system: You are a helpful assistant.
user:
Analyze the provided spectrum to determine if it is a **M-type Giant (gM)**.

A M-type Giant spectrum is defined by its **strong molecular absorption** features, particularly from **Titanium Oxide (TiO)**. You must check for one of the following mutually exclusive signatures:

- **Key Visual Indicators (Absorption-Dominated Spectrum):**

    - **(Primary):** The spectrum is dominated by strong molecular absorption from **Titanium Oxide (TiO)**. This is the **defining feature** of its M-type temperature class.
        - **(Key Bandheads):** Look for sharp, "saw-tooth" absorption valleys. The strongest are located near **~7050 Å**, **~6160 Å**, and **~5170 Å**.
        - **(Line Profile):** The "saw-tooth" morphology is critical: a **sharp, steep drop on the BLUE (short-wavelength) side** of the bandhead, followed by a gradual recovery (rising flux) towards the RED (long-wavelength) side.

    - **(Key Confirmation - Giant vs. Dwarf):** **ABSENCE** of strong **Calcium Hydride (CaH)** molecular bands. This is the primary diagnostic for *excluding* M-dwarfs.
        - **(Key Region):** The spectrum should lack the strong, broad absorption band seen in dwarfs between **~6800 Å and ~7000 Å**.

    - **(Secondary Confirmation - Giant):** A very strong and broad **Neutral Calcium (Ca I)** atomic absorption line.
        - **(Key Line):** Located at **~4226 Å**. In a giant (gM), this line is significantly deeper and broader than the same line in an M-dwarf (dM) due to low surface gravity.

    - **(Overall Spectrum):**
        - The continuum is **extremely red-sloping** (i.e., flux is very low in the blue and rises dramatically towards the red).
        - The entire spectrum appears "chopped up" by the deep TiO bands.

Think first, call **spectral_visualization_tool** if needed to examine features in detail, then provide your final answer. Your response must adhere to the following strict rules:
1.  **Overall Structure:** Your response must follow the format `<think>...</think> <tool_call>...</tool_call> (if a tool is used) <answer>...</answer>`.
2.  **Tool Usage Constraint:** You may only make **one** tool call per turn.
3.  **Final Answer Format:** In the `<answer>` tag, your conclusion must be inside a `\boxed{}` command (e.g., `\boxed{YES}` or `\boxed{NO}`), followed by your justification.

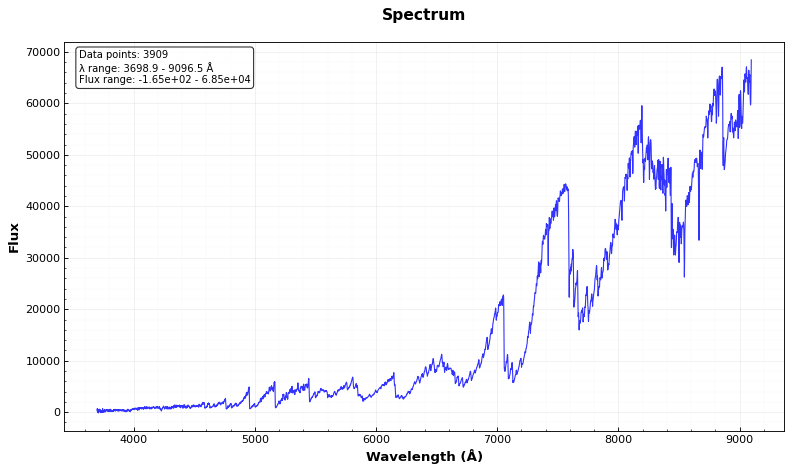
Answer: YES